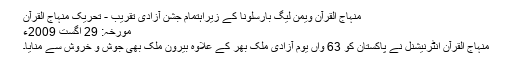
منہاج القرآن ویمن لیگ بارسلونا کے زیراہتمام جشن آزادی تقریب - تحریک منہاج القرآن
مورخہ: 29 اگست 2009ء
منہاج القرآن انٹرنیشنل نے پاکستان کو 63 واں یوم آزادی ملک بھر کے علاوہ بیرون ملک بھی جوش و خروش سے منایا۔